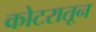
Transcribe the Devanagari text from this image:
कोटरातून